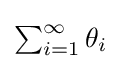
{\textstyle \sum _{i=1}^{\infty }\theta _{i}}